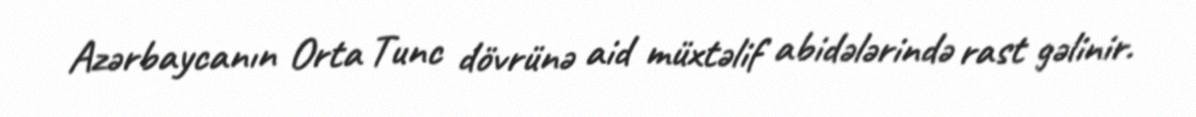
Azərbaycanın Orta Tunc dövrünə aid müxtəlif abidələrində rast gəlinir.